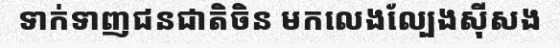
ទាក់ទាញជនជាតិចិន មកលេងល្បែងស៊ីសង